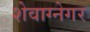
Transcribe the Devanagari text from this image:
शेवाग्नेगर